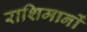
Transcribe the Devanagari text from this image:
राशिमानों